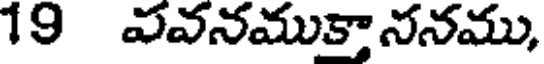
19 వవనముకాననము,